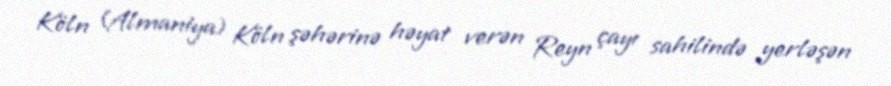
Köln (Almaniya) Köln şəhərinə həyat verən Reyn çayı sahilində yerləşən